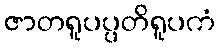
ဇာတရူပပ္ပတိရူပကံ